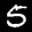
Label: 5